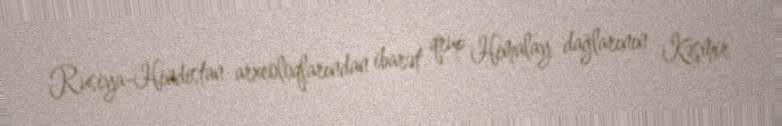
Rusiya-Hindistan arxeoloqlarından ibarət qrup Himalay dağlarının Kəşmir